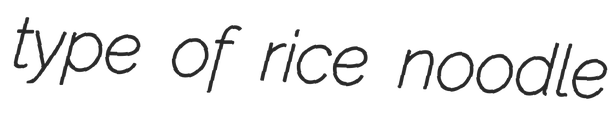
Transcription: type of rice noodle